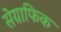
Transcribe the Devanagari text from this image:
सेग्राफिक